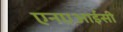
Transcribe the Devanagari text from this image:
एनएआईसी